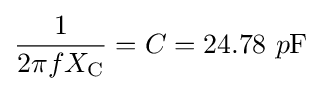
{\frac {1}{2\pi fX_{\text{C}}}}=C=24.78\ p{\text{F}}